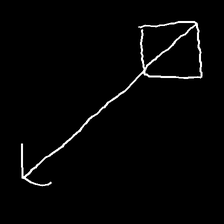
Glyph: focus